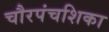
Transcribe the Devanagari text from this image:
चौरपंचशिका